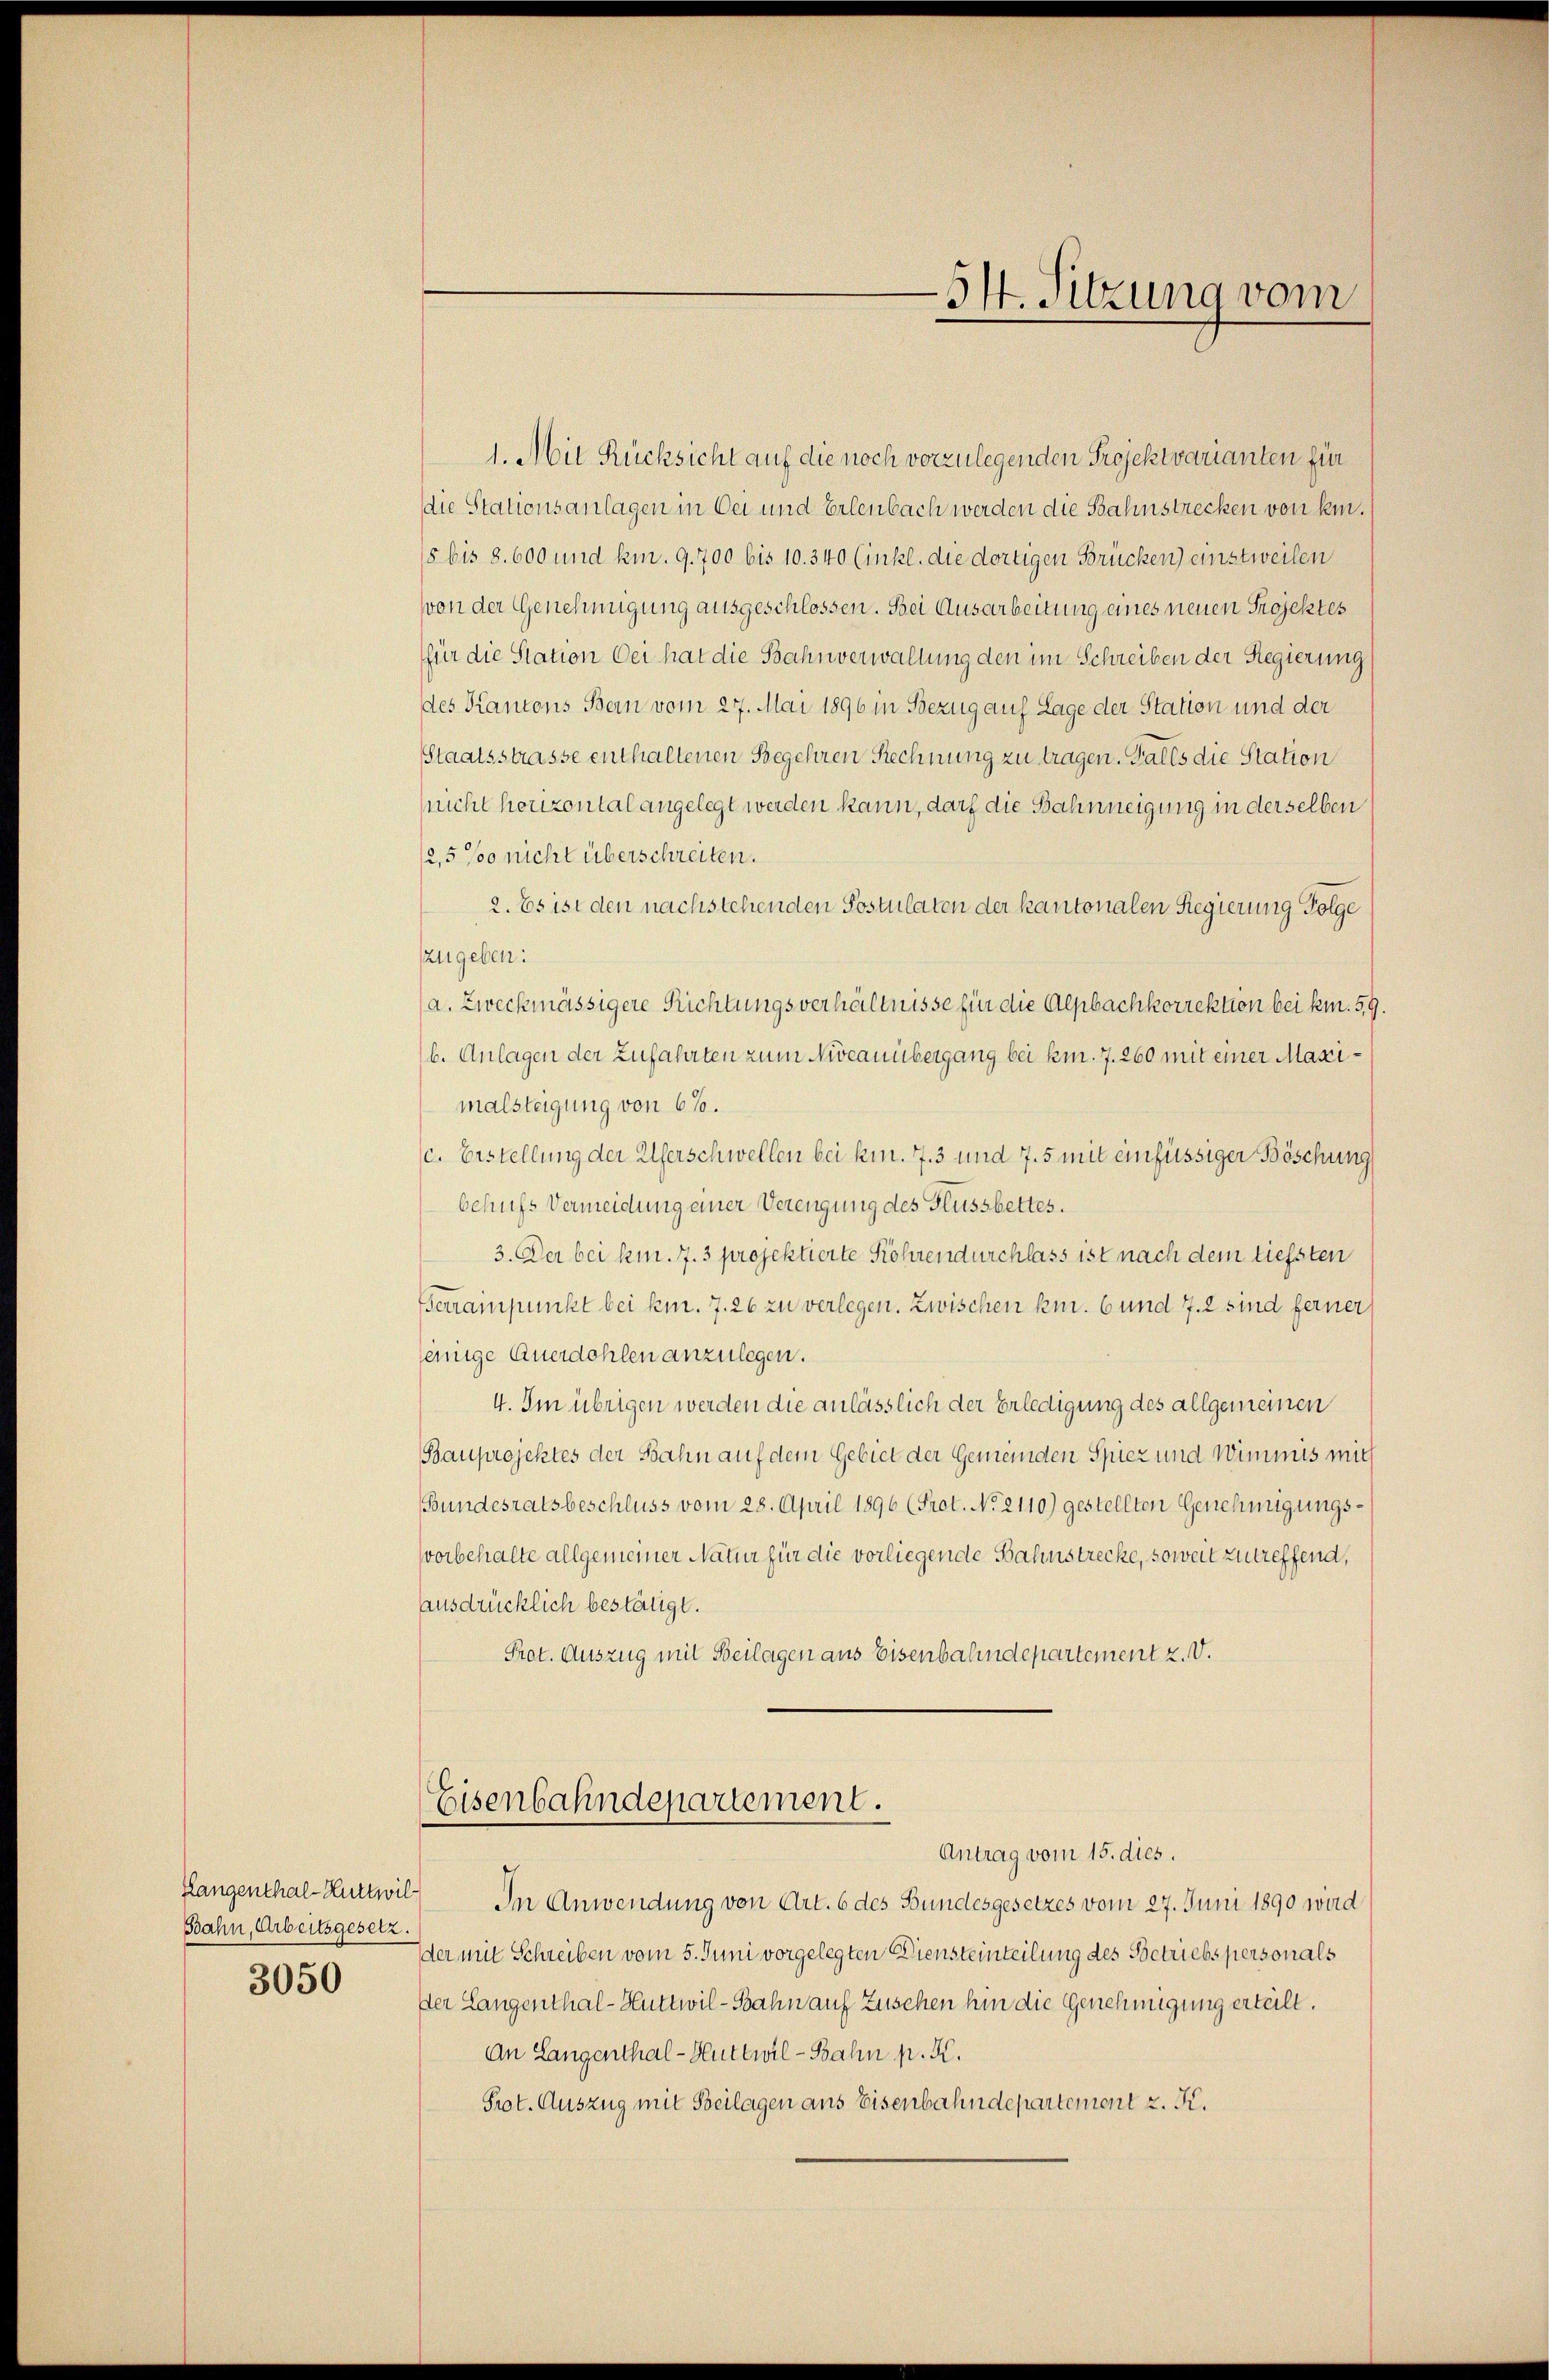
Bahn, Arbeitsgesetz.
3050

1. Mit Rücksicht auf die noch vorzulegenden Projektvarianten für
die Stationsanlagen in bei und Erlenbach werden die Bahnstrecken von kein¬
15 bis 8. 600 und km. 9. 700 bis 10. 340 (inkl. die dortigen Brücken) einstweilen
von der Genehmigung ausgeschlossen. Bei Ausarbeitung eines neuen Projektes
für die Station bei hat die Bahnverwaltung den im Schreiben der Regierung
des Kantons Bern vom 27. Mai 1896 in Bezug auf Lage der Station und der
Staatsstrasse enthaltenen Begehren Rechnung zu tragen. Falls die Station
(nicht honzontal angelegt werden kann, dach die Bahnneigung in derselben
12,5 % nicht überschreiten.
2. Es ist den nachstehenden Postulaten der kantonalen Regierung Folge
zzugeben:
a. Zweckmässigere Richtungsverhältnisse für die Alpbachkorrektion bei kn. 59.
b. Anlagen der Zufahrten zum Niveauübergang bei km. 7. 260 mit einer Maximalsteigung von 6%.
c. Erstellung der Uferschwellen bei kmn. 7. 3 und 7. 5 mit einfüssiger Böschung
behufs Vermeidung einer Verengung des Flussbettes.
3. Der bei km. 7. 3 projektierte Kohrendurchlass ist nach dem tiefsten
Ferrainpunkt bei km. 7. 26 zu verlegen. Zwischen kn. 6 und 7. 2 sind ferner
jeinige Querdohlen anzulegen.
4. Im übrigen werden die anlässlich der Erledigung des allgemeinen
Bauprojektes der Bahn auf dem Gebiet der Gemeinden Spiez und Wimmis mich
Bundesratsbeschluss vom 28. April 1896 (Prot. No 2110) gestellten Genehmigungsvorbehalte allgemeiner Natur für die vorliegende Bahnstrecke, soweit zutreffend,
ausdrücklich bestätigt.
Prot. Auszug mit Beilagen aus Eisenbahndepartement z. V.

Eisenbahndepartement.
Antrag vom 15. dies.

54. Sitzung vom

Hangenthal-Huttwil) In Anwendung von Art. 6 des Bundesgesetzes vom 27. Juni 1890 wird
er mit Schreiben vom 5. Juni vorgelegten Diensteinteilung des Betriebspersonals
Der Langenthal-Huttwil-Bahn auf Zusehen hin die Genehmigung erteilt.
An Langenthal-Huttwil-Bahn p. K.
Prot. Auszug mit Beilagen ans Eisenbahndepartement z. K.